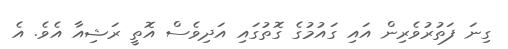
ގިނަ ފަތުރުވެރިން އައި ގައުމުގެ ގޮތުގައި އަދިވެސް އޮތީ ރަޝިއާ އެވެ. އެ